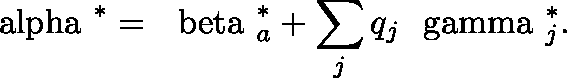
{ \mathrm { \boldmath ~ \ a l p h a ~ } } ^ { * } = { \mathrm { \boldmath ~ \ b e t a ~ } } _ { a } ^ { * } + \sum _ { j } q _ { j } { \mathrm { \boldmath ~ \ g a m m a ~ } } _ { j } ^ { * } .